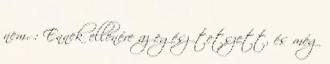
nem. : Ennek ellenére az egész tetszett, és még